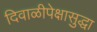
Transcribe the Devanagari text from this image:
दिवाळीपेक्षासुद्धा